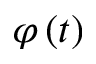
\varphi \left( t \right)